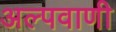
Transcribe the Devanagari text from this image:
अल्पवाणी